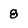
Character: 8